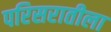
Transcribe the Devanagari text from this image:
परिसरातीला